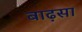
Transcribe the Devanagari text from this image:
बाढ़सा